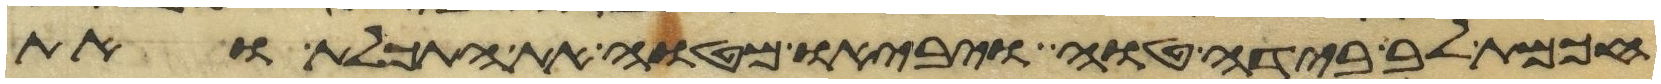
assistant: חכמת לב בידה טוה ויביאו מטוה את התכלת ואת